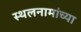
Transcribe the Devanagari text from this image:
स्थलनामांच्या